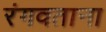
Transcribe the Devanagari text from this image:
रंगवताना